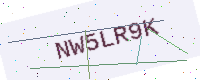
Text: NW5LR9K